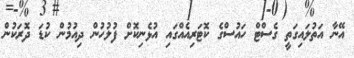
އޭނާ އަތުލައިގަތީ ގެސްޓް ހައުސްގެ ކޮޓަރިއެއްގައި އުޅެނިކޮށް ފުލުހުން ދިއުމުން ކުޑަ ދޮރަކުން